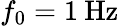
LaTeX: f_{\mathrm{0}}=1\: \mathrm{Hz}